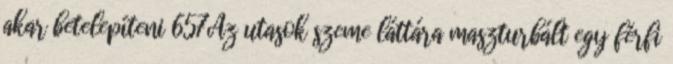
akar betelepíteni 657Az utasok szeme láttára maszturbált egy férfi